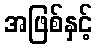
အဖြစ်နှင့်